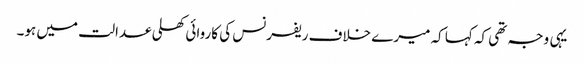
یہی وجہ تھی کہ کہا کہ میرے خلاف ریفرنس کی کاروائی کھلی عدالت میں ہو۔